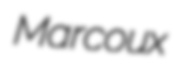
Marcoux